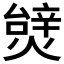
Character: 𱬖